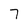
Character: 7